Report of the Municipal Commissioner on the plague in Bombay for the year ending 31st May... - Volume 2
Disease focus: Plague
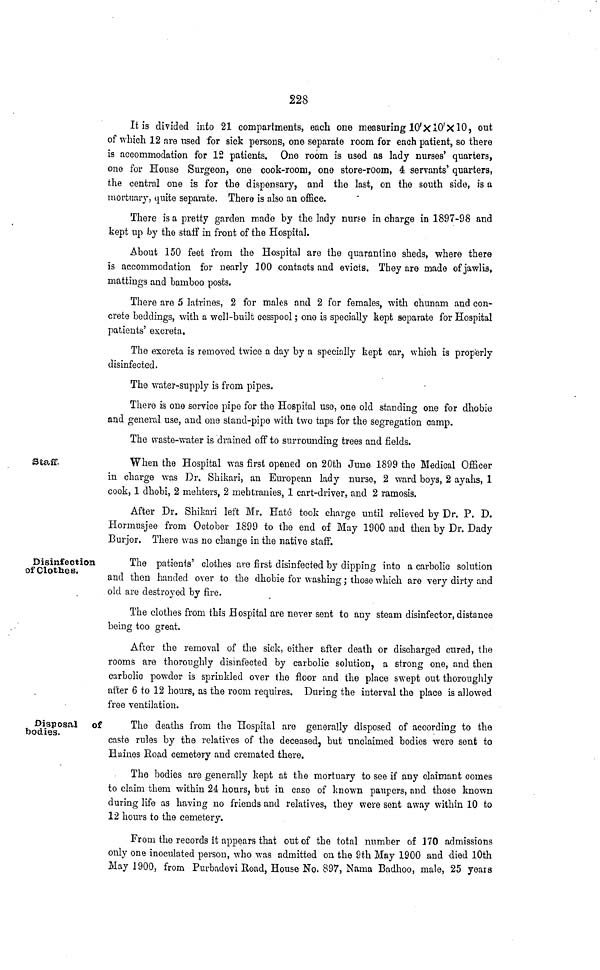
228
It is divided into 21 compartments, each one measuring 10'X10'X10, out
of which 12 are used for sick persons, one separate room for each patient, so there
is accommodation for 12 patients. One room is used as lady nurses' quarters,
one for House Surgeon, one cook-room, one store-room, 4 servants' quarters,
the central one is for the dispensary, and the last, on the south side, is a
mortuary, quite separate. There is also an office.
There is a pretty garden made by the lady nurse in charge in 1897-98 and
kept up by the staff in front of the Hospital.
About 150 feet from the Hospital are the quarantine sheds, where there
is accommodation for nearly 100 contacts and evicts. They are made of jawlis,
mattings and bamboo posts.
There are 5 latrines, 2 for males and 2 for females, with chunam and con-
crete beddings, with a well-built cesspool; one is specially kept separate for Hospital
patients' excreta.
The excreta is removed twice a day by a specially kept car, which is properly
disinfected.
The water-supply is from pipes.
There is one service pipe for the Hospital use, one old standing one for dhobie
and general use, and one stand-pipe with two taps for the segregation camp.
The waste-water is drained off to surrounding trees and fields.
Staff.
When the Hospital was first opened on 20th June 1899 the Medical Officer
in charge was Dr. Shikari, an European lady nurse, 2 ward boys, 2 ayahs, 1
cook, 1 dhobi, 2 mehters, 2 mehtranies, 1 cart-driver, and 2 ramosis.
After Dr. Shikari left Mr. Hate took charge until relieved by Dr. P. D.
Hormusjee from October 1899 to the end of May 1900 and then by Dr. Dady
Burjor. There was no change in the native staff.
Disinfection
of Clothes.
The patients' clothes are first disinfected by dipping into a carbolic solution
and then handed over to the dhobie for washing; those which are very dirty and
old are destroyed by fire.
The clothes from this Hospital are never sent to any steam disinfector, distance
being too great.
After the removal of the sick, either after death or discharged cured, the
rooms are thoroughly disinfected by carbolic solution, a strong one, and then
carbolic powder is sprinkled over the floor and the place swept out thoroughly
after 6 to 12 hours, as the room requires. During the interval the place is allowed
free ventilation.
Disposal of
bodies.
The deaths from the Hospital are generally disposed of according to the
caste rules by the relatives of the deceased, but unclaimed bodies were sent to
Haines Eoad cemetery and cremated there.
The bodies are generally kept at the mortuary to see if any claimant comes
to claim them within 24 hours, but in case of known paupers, and those known
during life as having no friends and relatives, they were sent away within 10 to
12 hours to the cemetery.
From the records it appears that out of the total number of 170 admissions
only one inoculated person, who was admitted on the 9th May 1900 and -died 10th
May 1900, from Purbadevi Road, House No. 897, Nama Badhoo, male, 25 years